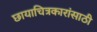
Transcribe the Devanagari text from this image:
छायाचित्रकारांसाठी